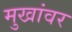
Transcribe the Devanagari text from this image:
मुखांवर